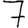
Digit: 7